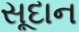
સૂદાન